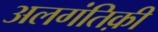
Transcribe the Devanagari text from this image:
अलगंतिक़ी